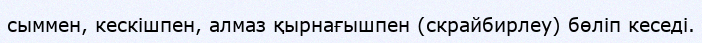
сыммен, кескішпен, алмаз қырнағышпен (скрайбирлеу) бөліп кеседі.